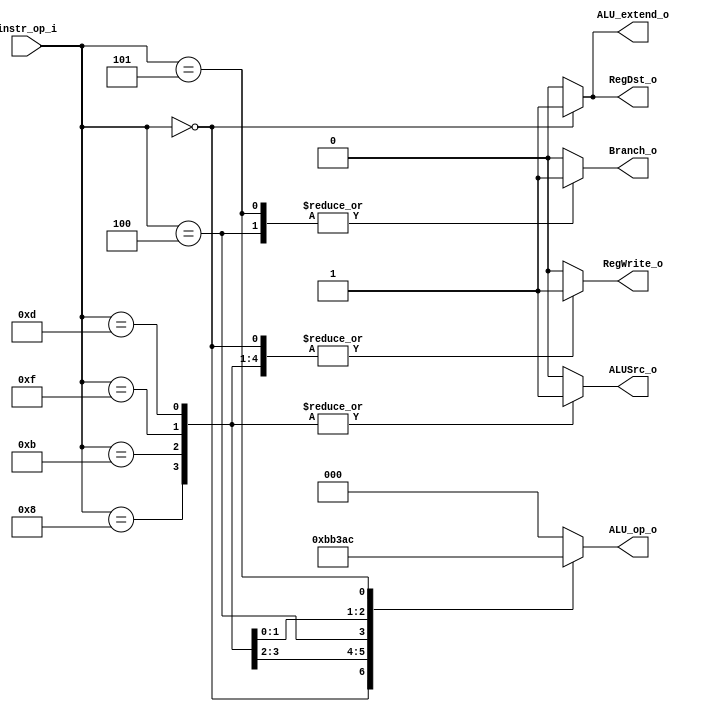
//Subject:     CO project 1 - Decoder
//--------------------------------------------------------------------------------
//Version:     1
//--------------------------------------------------------------------------------
//Writer:      
//----------------------------------------------
//Date:        
//----------------------------------------------
//Description: 
//--------------------------------------------------------------------------------

module Decoder(
    instr_op_i,
	RegWrite_o,
	ALU_op_o,
	ALUSrc_o,
	RegDst_o,
	Branch_o,
	ALU_extend_o
	);
     
//I/O ports
input  [6-1:0] instr_op_i;

output         RegWrite_o;
output [3-1:0] ALU_op_o;
output         ALUSrc_o;
output         RegDst_o;
output         Branch_o;
output		   ALU_extend_o;
 
//Internal Signals
reg    [3-1:0] ALU_op_o;
reg            ALUSrc_o;
reg            RegWrite_o;
reg            RegDst_o;
reg            Branch_o;
reg			   ALU_extend_o;
//Parameter
always@(instr_op_i)
begin
	ALU_op_o<=0;
	ALUSrc_o<=0;
	RegWrite_o<=0;
	RegDst_o<=0;
	Branch_o<=0;
	ALU_extend_o<=0;
	case (instr_op_i)
	6'b000000:
	begin
		ALU_op_o  <=2;
		ALUSrc_o  <=0;
		RegWrite_o<=1;
	    RegDst_o  <=1;
	    Branch_o  <=0;
		ALU_extend_o<=1;
	end
	6'b001000:
	begin
		ALU_op_o  <=7;
		ALUSrc_o  <=1;
		RegWrite_o<=1;
	    RegDst_o  <=0;
	    Branch_o  <=0;
		ALU_extend_o<=0;
	end
		6'b001011:
	begin
		ALU_op_o  <=3;
		ALUSrc_o  <=1;
		RegWrite_o<=1;
	    RegDst_o  <=0;
	    Branch_o  <=0;
		ALU_extend_o<=0;
	end
		6'b000100:
	begin
		ALU_op_o  <=1;
		ALUSrc_o  <=0;
		RegWrite_o<=0;
	    RegDst_o  <=/*1'bx*/0;
	    Branch_o  <=1;
		ALU_extend_o<=0;
	end
		6'b001111:
	begin
		ALU_op_o  <=6;
		ALUSrc_o  <=1;
		RegWrite_o<=1;
	    RegDst_o  <=0;
	    Branch_o  <=0;
		ALU_extend_o<=0;
	end
		6'b001101:
	begin
		ALU_op_o  <=5;
		ALUSrc_o  <=1;
		RegWrite_o<=1;
	    RegDst_o  <=0;
	    Branch_o  <=0;
		ALU_extend_o<=0;
	end
		6'b000101:
	begin
		ALU_op_o  <=4;
		ALUSrc_o  <=0;
		RegWrite_o<=0;
	    RegDst_o  <=/*1'bx*/0;
	    Branch_o  <=1;
		ALU_extend_o<=0;
	end	
	
	
	endcase
end

//Main function

endmodule